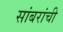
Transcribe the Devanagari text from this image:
सांबरांची